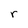
Character: r